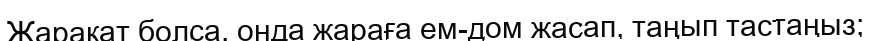
Жарақат болса, онда жараға ем-дом жасап, таңып тастаңыз;